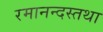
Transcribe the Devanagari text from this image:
रमानन्दस्तथा